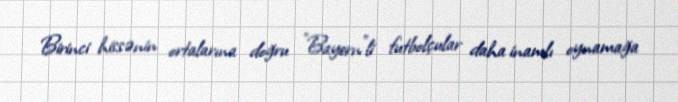
Birinci hissənin ortalarına doğru "Bayern"li futbolçular daha inamlı oynamağa